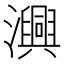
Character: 𭳢